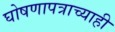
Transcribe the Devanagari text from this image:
घोषणापत्राच्याही